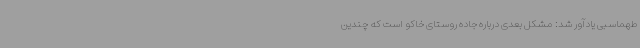
طهماسبی یادآور شد: مشکل بعدی درباره جاده روستای خاکو است که چندین